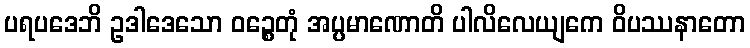
ပရပဒေဘိ ဥဒါဒေသော ဝဉ္စေတုံ အပ္ပမာဏောတိ ပါလိလေယျကေ ဝိပဿနာတော